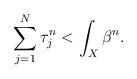
LaTeX: \begin{align*}\sum_{j=1}^N \tau_j^n < \int_X \beta^n.\end{align*}